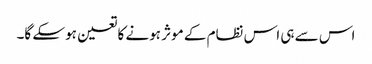
اس سے ہی اس نظام کے موثر ہونے کا تعین ہوسکے گا۔